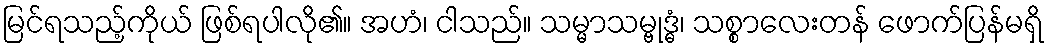
မြင်ရသည့်ကိုယ် ဖြစ်ရပါလို၏။ အဟံ၊ ငါသည်။ သမ္မာသမ္ဗုဒ္ဓံ၊ သစ္စာလေးတန် ဖောက်ပြန်မရှိ